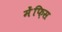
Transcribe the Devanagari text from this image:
मेंफ़िस